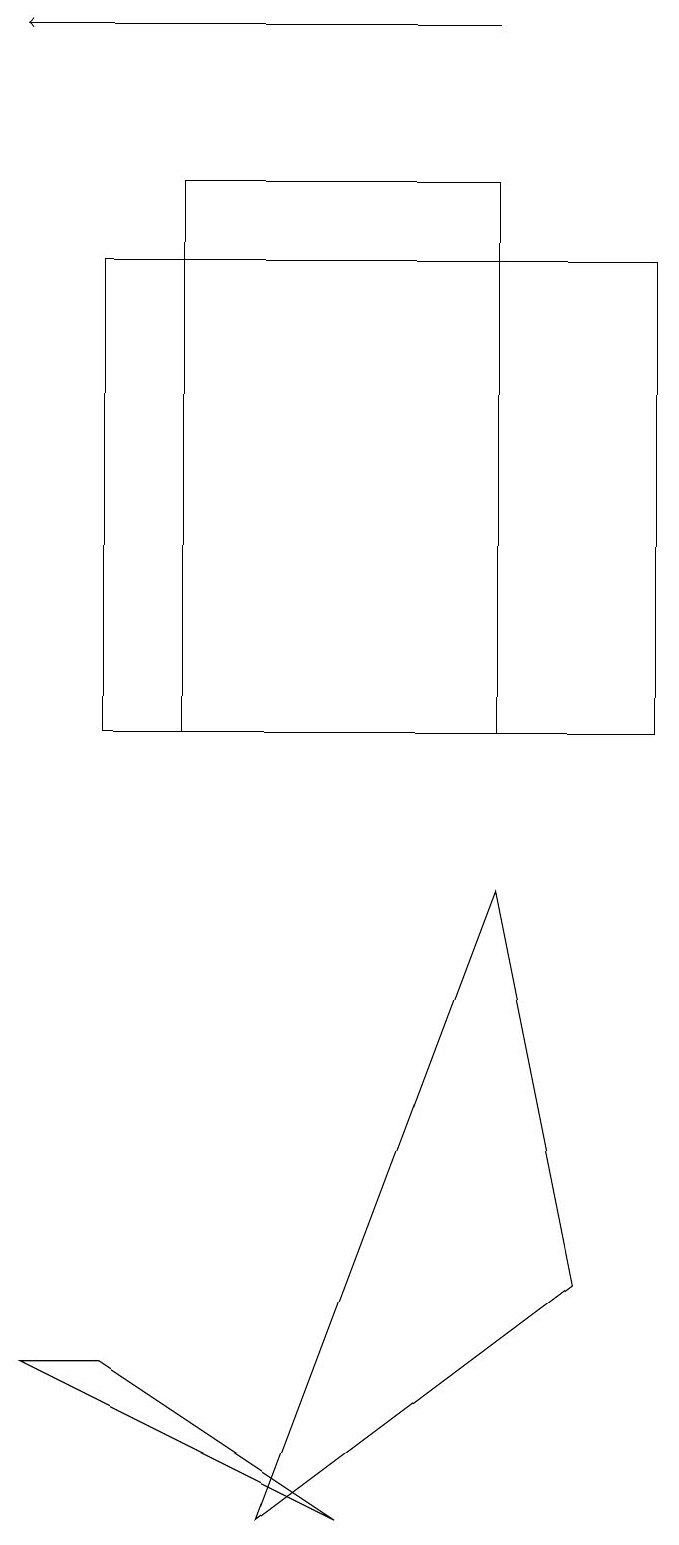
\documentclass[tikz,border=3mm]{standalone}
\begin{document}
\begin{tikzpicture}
\draw (1,16) rectangle (8,10);
\draw[->] (6,19) -- (0,19);
\draw (2,10) rectangle (6,17);
\draw (1,2) -- (4,0) -- (0,2) -- cycle;
\draw (7,3) -- (3,0) -- (6,8) -- cycle;
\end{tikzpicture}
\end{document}